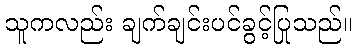
သူကလည်း ချက်ချင်းပင်ခွင့်ပြုသည်။